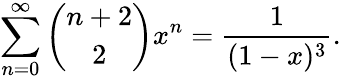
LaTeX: \sum_{n=0}^{\infty}{\binom{n+2}{2}}x^{n}={\frac{1}{(1-x)^{3}}}.